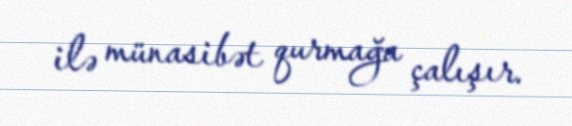
ilə münasibət qurmağa çalışır.